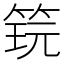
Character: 𬕎